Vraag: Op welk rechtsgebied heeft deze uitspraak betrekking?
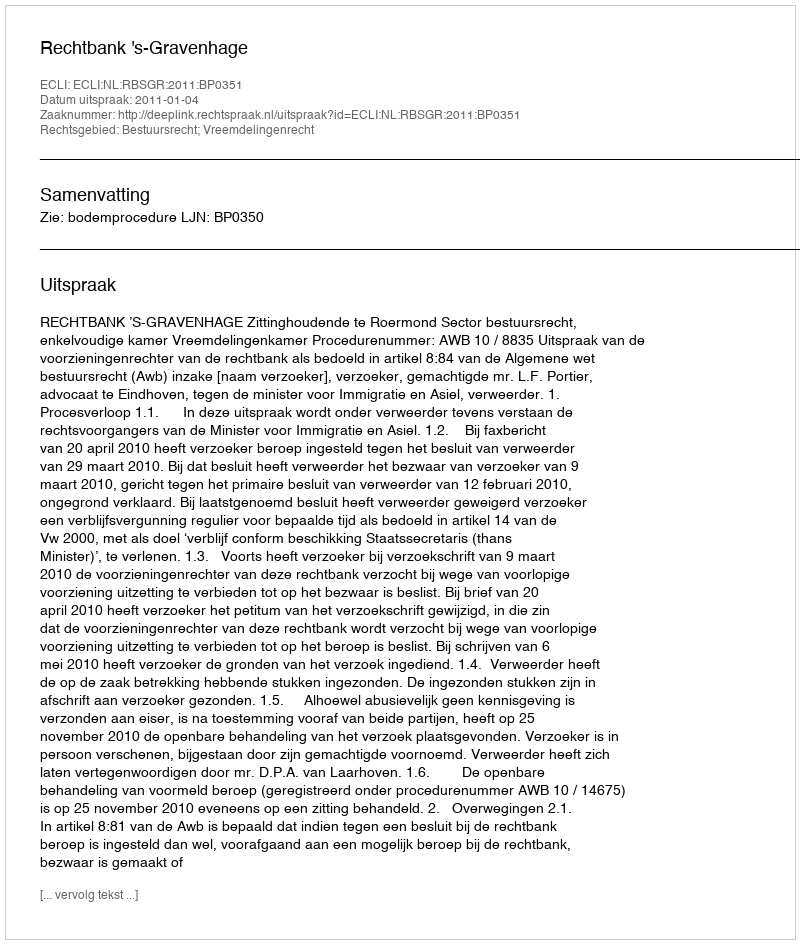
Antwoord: Bestuursrecht; Vreemdelingenrecht